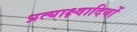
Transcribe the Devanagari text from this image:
प्रत्याक्ष्वादियों